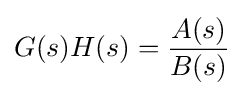
G(s)H(s)={\frac {A(s)}{B(s)}}